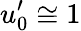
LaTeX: u_{0}^{\prime}\cong 1